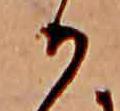
か